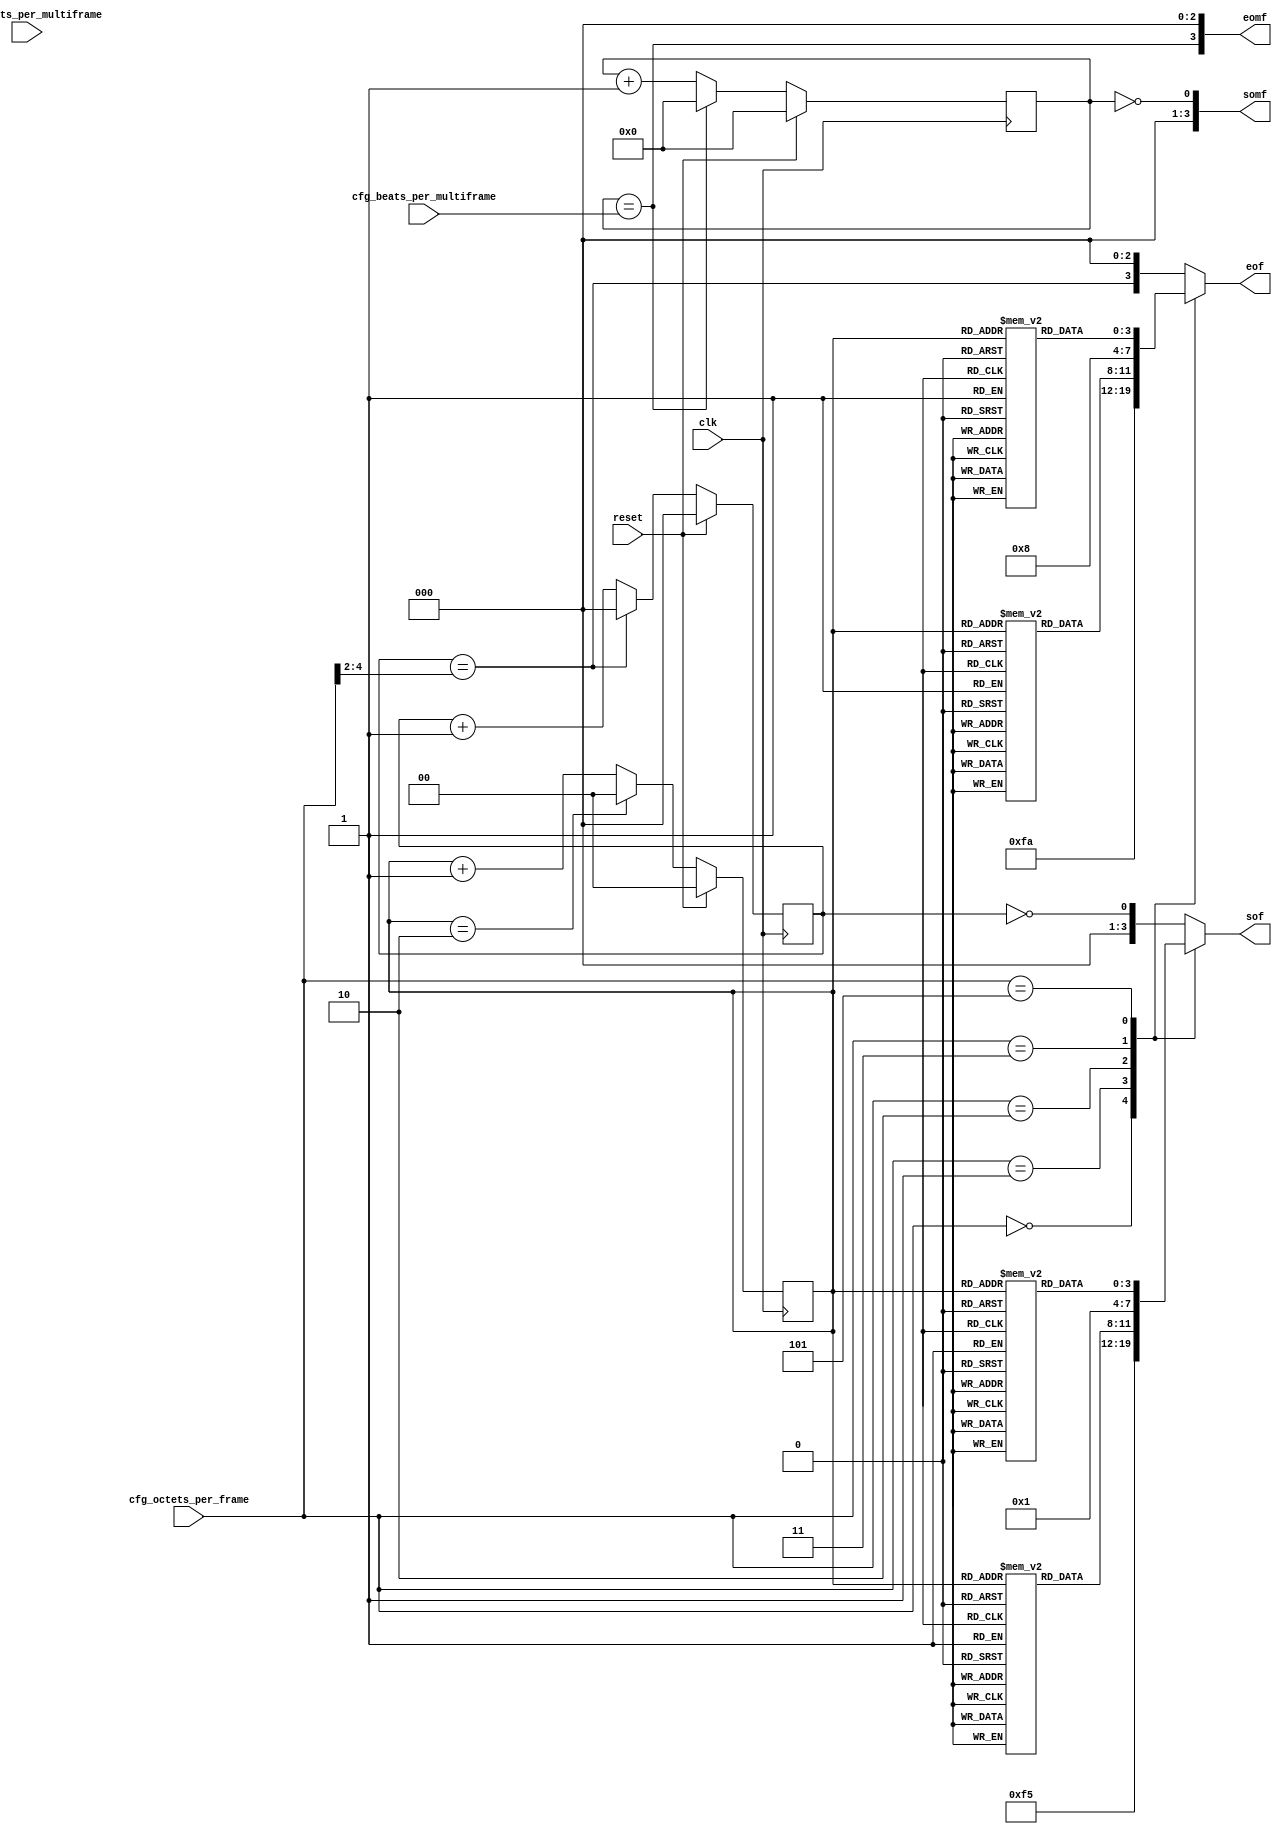
//
// The ADI JESD204 Core is released under the following license, which is
// different than all other HDL cores in this repository.
//
// Please read this, and understand the freedoms and responsibilities you have
// by using this source code/core.
//
// The JESD204 HDL, is copyright  2016-2017 Analog Devices Inc.
//
// This core is free software, you can use run, copy, study, change, ask
// questions about and improve this core. Distribution of source, or resulting
// binaries (including those inside an FPGA or ASIC) require you to release the
// source of the entire project (excluding the system libraries provide by the
// tools/compiler/FPGA vendor). These are the terms of the GNU General Public
// License version 2 as published by the Free Software Foundation.
//
// This core  is distributed in the hope that it will be useful, but WITHOUT ANY
// WARRANTY; without even the implied warranty of MERCHANTABILITY or FITNESS FOR
// A PARTICULAR PURPOSE. See the GNU General Public License for more details.
//
// You should have received a copy of the GNU General Public License version 2
// along with this source code, and binary.  If not, see
// <http://www.gnu.org/licenses/>.
//
// Commercial licenses (with commercial support) of this JESD204 core are also
// available under terms different than the General Public License. (e.g. they
// do not require you to accompany any image (FPGA or ASIC) using the JESD204
// core with any corresponding source code.) For these alternate terms you must
// purchase a license from Analog Devices Technology Licensing Office. Users
// interested in such a license should contact jesd204-licensing@analog.com for
// more information. This commercial license is sub-licensable (if you purchase
// chips from Analog Devices, incorporate them into your PCB level product, and
// purchase a JESD204 license, end users of your product will also have a
// license to use this core in a commercial setting without releasing their
// source code).
//
// In addition, we kindly ask you to acknowledge ADI in any program, application
// or publication in which you use this JESD204 HDL core. (You are not required
// to do so; it is up to your common sense to decide whether you want to comply
// with this request or not.) For general publications, we suggest referencing :
// The design and implementation of the JESD204 HDL Core used in this project
// is copyright  2016-2017, Analog Devices, Inc.
//

// Limitations:
//  for DATA_PATH_WIDTH = 4, 8
//    F*K=4, multiples of DATA_PATH_WIDTH
//    F=1,2,3,4,6, and multiples of DATA_PATH_WIDTH
//  for DATA_PATH_WIDTH = 6
//    F=3,6
//  for DATA_PATH_WIDTH = 12
//    F=3,6,12

`timescale 1ns/100ps

module jesd204_frame_mark #(
  parameter DATA_PATH_WIDTH = 4
) (
  input                             clk,
  input                             reset,
  input [9:0]                       cfg_octets_per_multiframe,
  input [7:0]                       cfg_beats_per_multiframe,
  input [7:0]                       cfg_octets_per_frame,

  output reg [DATA_PATH_WIDTH-1:0]  sof,
  output reg [DATA_PATH_WIDTH-1:0]  eof,
  output reg [DATA_PATH_WIDTH-1:0]  somf,
  output reg [DATA_PATH_WIDTH-1:0]  eomf
);

localparam MAX_OCTETS_PER_FRAME = 32;
localparam DPW_LOG2 = DATA_PATH_WIDTH == 8 ? 3 : DATA_PATH_WIDTH == 4 ? 2 : 1;
localparam CW = MAX_OCTETS_PER_FRAME > 128 ? 8 :
  MAX_OCTETS_PER_FRAME > 64 ? 7 :
  MAX_OCTETS_PER_FRAME > 32 ? 6 :
  MAX_OCTETS_PER_FRAME > 16 ? 5 :
  MAX_OCTETS_PER_FRAME > 8 ? 4 :
  MAX_OCTETS_PER_FRAME > 4 ? 3 :
  MAX_OCTETS_PER_FRAME > 2 ? 2 : 1;
localparam BEATS_PER_FRAME_WIDTH = CW-DPW_LOG2;
localparam BEATS_PER_MF_WIDTH = 10-DPW_LOG2;

// For DATA_PATH_WIDTH = 8, special case if F*K%8=4
wire                              octets_per_mf_4_mod_8 = (DATA_PATH_WIDTH == 8) && ~cfg_octets_per_multiframe[2];
reg [BEATS_PER_MF_WIDTH-1:0]      cur_beats_per_multiframe;
reg                               mf_phase;
reg [1:0]                         beat_cnt_mod_3;
reg [BEATS_PER_FRAME_WIDTH-1:0]   beat_cnt_frame;
wire                              cur_sof;
wire                              cur_eof;
reg [BEATS_PER_MF_WIDTH-1:0]      beat_cnt_mf;
wire                              cur_somf;
wire                              cur_eomf;
wire [DATA_PATH_WIDTH-1:0]        default_sof;
wire [DATA_PATH_WIDTH-1:0]        default_eof;

wire [BEATS_PER_FRAME_WIDTH-1:0]  cfg_beats_per_frame = cfg_octets_per_frame[CW-1:DPW_LOG2];
reg [DATA_PATH_WIDTH-1:0] sof_f_3[2:0];
reg [DATA_PATH_WIDTH-1:0] eof_f_3[2:0];
reg [DATA_PATH_WIDTH-1:0] sof_f_6[2:0];
reg [DATA_PATH_WIDTH-1:0] eof_f_6[2:0];
reg [DATA_PATH_WIDTH-1:0] sof_f_12[2:0];
reg [DATA_PATH_WIDTH-1:0] eof_f_12[2:0];

generate
if(DATA_PATH_WIDTH == 4) begin : gen_dp_4
initial begin
  sof_f_3[0] = {4'b1001};
  sof_f_3[1] = {4'b0100};
  sof_f_3[2] = {4'b0010};
  eof_f_3[0] = {4'b0100};
  eof_f_3[1] = {4'b0010};
  eof_f_3[2] = {4'b1001};
  sof_f_6[0] = {4'b0001};
  sof_f_6[1] = {4'b0100};
  sof_f_6[2] = {4'b0000};
  eof_f_6[0] = {4'b0000};
  eof_f_6[1] = {4'b0010};
  eof_f_6[2] = {4'b1000};
end
end else if(DATA_PATH_WIDTH == 6) begin : gen_dp_6
initial begin
  sof_f_3[0] = {6'b001001};
  sof_f_3[1] = {6'b001001};
  sof_f_3[2] = {6'b001001};
  eof_f_3[0] = {6'b100100};
  eof_f_3[1] = {6'b100100};
  eof_f_3[2] = {6'b100100};
  sof_f_6[0] = {6'b000001};
  sof_f_6[1] = {6'b000001};
  sof_f_6[2] = {6'b000001};
  eof_f_6[0] = {6'b100000};
  eof_f_6[1] = {6'b100000};
  eof_f_6[2] = {6'b100000};
end
end else if(DATA_PATH_WIDTH == 8) begin : gen_dp_8
initial begin
  sof_f_3[0]  = {8'b01001001};
  sof_f_3[1]  = {8'b10010010};
  sof_f_3[2]  = {8'b00100100};
  eof_f_3[0]  = {8'b00100100};
  eof_f_3[1]  = {8'b01001001};
  eof_f_3[2]  = {8'b10010010};
  sof_f_6[0]  = {8'b01000001};
  sof_f_6[1]  = {8'b00010000};
  sof_f_6[2]  = {8'b00000100};
  eof_f_6[0]  = {8'b00100000};
  eof_f_6[1]  = {8'b00001000};
  eof_f_6[2]  = {8'b10000010};
  sof_f_12[0] = {8'b00000001};
  sof_f_12[1] = {8'b00010000};
  sof_f_12[2] = {8'b00000000};
  eof_f_12[0] = {8'b00000000};
  eof_f_12[1] = {8'b00001000};
  eof_f_12[2] = {8'b10000000};
end
end
// Beat count % 3, to support F=3, 6, 12
always @(posedge clk) begin
  if(reset) begin
    beat_cnt_mod_3 <= 2'd0;
  end else begin
    if(beat_cnt_mod_3 == 2'd2) begin
      beat_cnt_mod_3 <= 2'd0;
    end else begin
      beat_cnt_mod_3 <= beat_cnt_mod_3 + 1'b1;
    end
  end
end

// Beat count per frame
always @(posedge clk) begin
  if(reset) begin
    beat_cnt_frame <= {BEATS_PER_FRAME_WIDTH{1'b0}};
  end else begin
    if(beat_cnt_frame == cfg_beats_per_frame) begin
      beat_cnt_frame <= {BEATS_PER_FRAME_WIDTH{1'b0}};
    end else begin
      beat_cnt_frame <= beat_cnt_frame + 1'b1;
    end
  end
end

assign cur_sof = beat_cnt_frame == 0;
assign cur_eof = beat_cnt_frame == cfg_beats_per_frame;

assign default_sof = {{DATA_PATH_WIDTH-1{1'b0}}, cur_sof};
assign default_eof = {cur_eof, {DATA_PATH_WIDTH-1{1'b0}}};

// cfg_octets_per_frame must be a multiple of DATA_PATH_WIDTH
// except for the following supported special cases
always @(*) begin
  case(cfg_octets_per_frame)
    8'd0:
      begin
        sof = {DATA_PATH_WIDTH{1'b1}};
        eof = {DATA_PATH_WIDTH{1'b1}};
      end
    8'd1:
      begin
        sof = {DATA_PATH_WIDTH/2{2'b01}};
        eof = {DATA_PATH_WIDTH/2{2'b10}};
      end
    8'd2:
      begin
        sof = sof_f_3[beat_cnt_mod_3];
        eof = eof_f_3[beat_cnt_mod_3];
      end
    8'd3:
      begin
        sof = {DATA_PATH_WIDTH/4{4'b0001}};
        eof = {DATA_PATH_WIDTH/4{4'b1000}};
      end
    8'd5:
      begin
        sof = sof_f_6[beat_cnt_mod_3];
        eof = eof_f_6[beat_cnt_mod_3];
      end
    8'd11:
      begin
        sof = (DATA_PATH_WIDTH == 4) ? default_sof : sof_f_12[beat_cnt_mod_3];
        eof = (DATA_PATH_WIDTH == 4) ? default_eof : eof_f_12[beat_cnt_mod_3];
      end
    default:
      begin
        sof = default_sof;
        eof = default_eof;
      end
  endcase
end

// Beat count per multiframe
// Only support F*K%4=0
// If DATA_PATH_WIDTH == 4, or if DATA_PATH_WIDTH == 8 and F*K%8=0,
// then multiframes always start/end at the first/last octet in the data bus
// Otherwise, start/end of multiframe have more complicated patterns
always @(posedge clk) begin
  if(reset) begin
    beat_cnt_mf <= 8'b0;
    mf_phase <= 1'b0;
  end else begin
    if(beat_cnt_mf == cur_beats_per_multiframe) begin
      beat_cnt_mf <= 8'b0;
      mf_phase <= ~mf_phase;
    end else begin
      beat_cnt_mf <= beat_cnt_mf + 1'b1;
    end
  end
end

assign cur_somf = beat_cnt_mf == 0;
assign cur_eomf = beat_cnt_mf == cur_beats_per_multiframe;

if(DATA_PATH_WIDTH == 4 || DATA_PATH_WIDTH == 6) begin : gen_mf_dp_4_6
always @(*) begin
  cur_beats_per_multiframe = cfg_beats_per_multiframe;
  somf = {{DATA_PATH_WIDTH-1{1'b0}}, cur_somf};
  eomf = {cur_eomf, {DATA_PATH_WIDTH-1{1'b0}}};
end
end else if(DATA_PATH_WIDTH == 8) begin : gen_mf_dp_8
always @(*) begin
   // cfg_octets_per_multiframe = 4
   if(cfg_octets_per_multiframe[9:2] == 0) begin
     cur_beats_per_multiframe = 8'hXX;
     somf = 8'h11;
     eomf = 8'h88;
   end else if(~octets_per_mf_4_mod_8) begin
     cur_beats_per_multiframe = cfg_beats_per_multiframe;
     somf = {{DATA_PATH_WIDTH-1{1'b0}}, cur_somf};
     eomf = {cur_eomf, {DATA_PATH_WIDTH-1{1'b0}}};
   end else begin
      cur_beats_per_multiframe = cfg_beats_per_multiframe - mf_phase;
      if((mf_phase == 0) && (beat_cnt_mf == 0)) begin
        somf = 8'h01;
      end else if((mf_phase == 0) && (beat_cnt_mf == cur_beats_per_multiframe)) begin
        somf = 8'h10;
      end else begin
        somf = 8'b0;
      end

      if((mf_phase == 0) && (beat_cnt_mf == cur_beats_per_multiframe)) begin
        eomf = 8'h08;
      end else if((mf_phase == 1) && (beat_cnt_mf == cur_beats_per_multiframe)) begin
        eomf = 8'h80;
      end else begin
        eomf = 8'b0;
      end
   end
end
end
endgenerate

endmodule